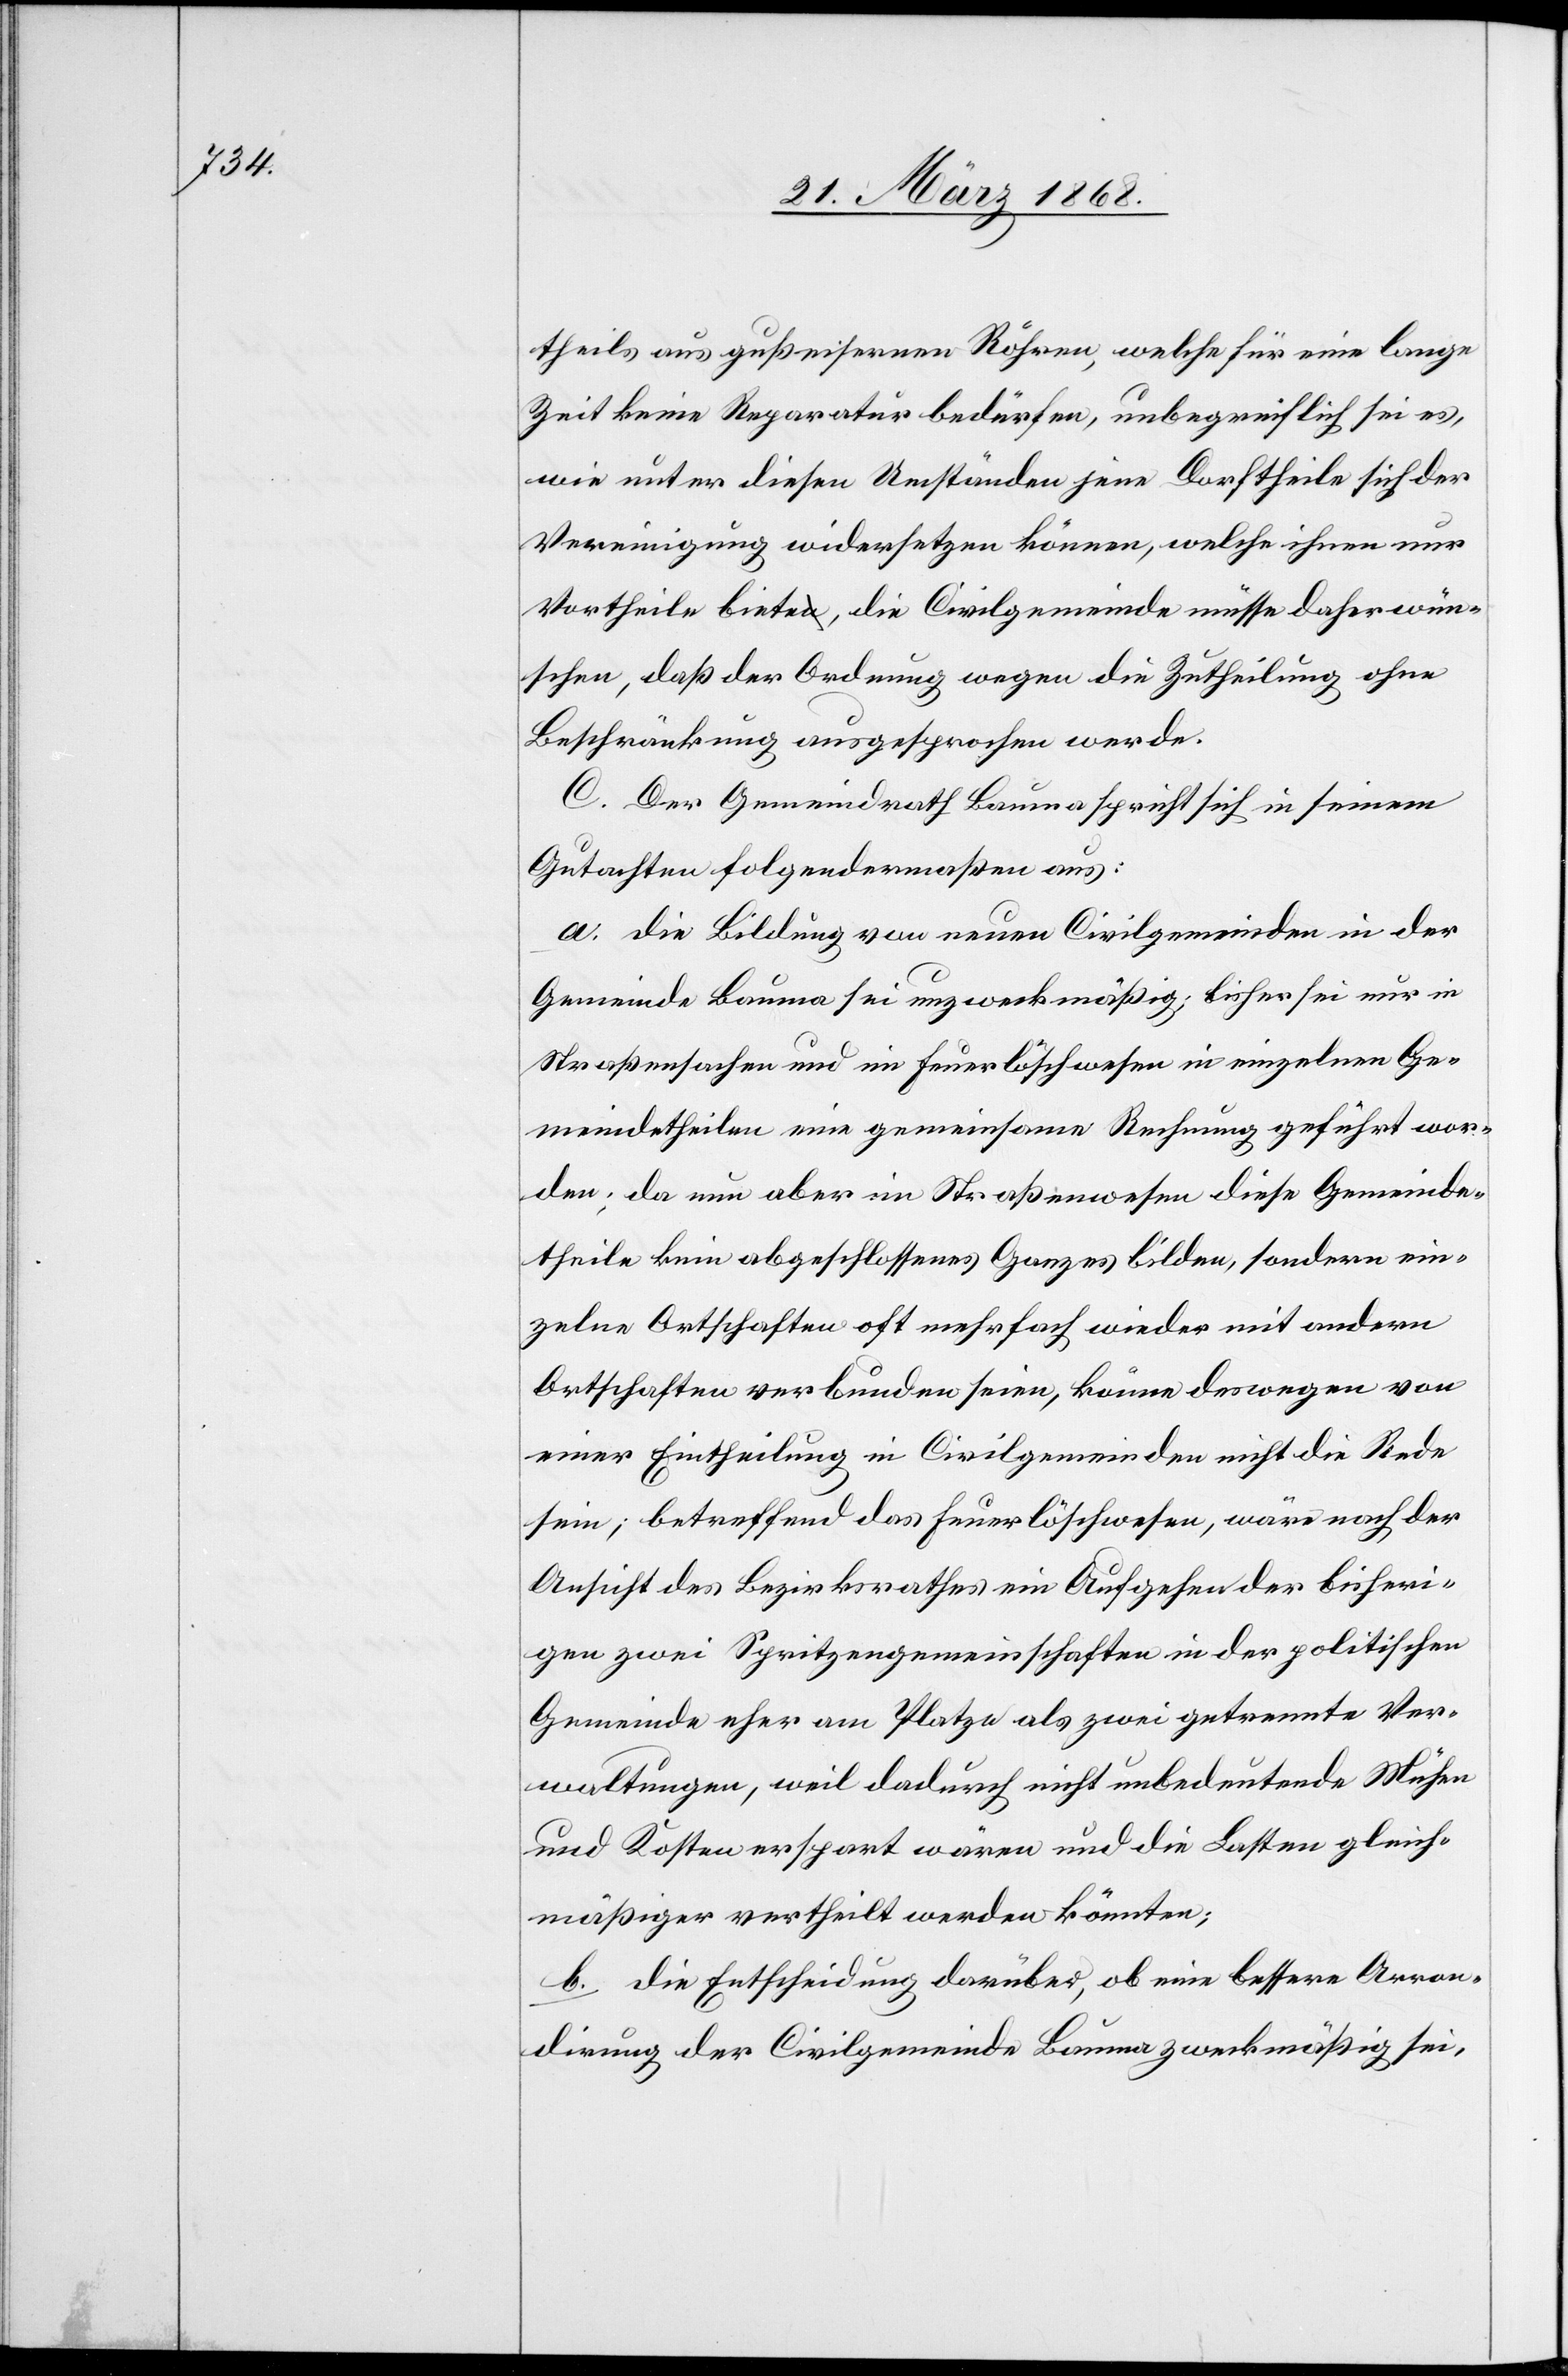
theils aus gußeisernen Röhren, welche für eine lange
Zeit keine Reparatur bedürfen, unbegreiflich sei es,
wie unter diesen Umständen jene Dorftheile sich der
Vereinigung widersetzen können, welche ihnen nur
Vortheile biete, die Civilgemeinde müsse daher wün¬
schen, daß der Ordnung wegen die Zutheilung ohne
Beschränkung ausgesprochen werde.
C. Der Gemeindrath Bauma spricht sich in seinem
Gutachten folgendermaßen aus:
a. die Bildung von neuen Civilgemeinden in der
Gemeinde Bauma sei unzweckmäßig; bisher sei nur in
Straßensachen und im Feuerlöschwesen in einzelnen Ge¬
meindetheilen eine gemeinsame Rechnung geführt wor¬
den; da nun aber im Straßenwesen diese Gemeinde¬
theile kein abgeschlossenes Ganzes bilden, sondern ein¬
zelne Ortschaften oft mehrfach wieder mit andern
Ortschaften verbunden seien, könne deswegen von
einer Eintheilung in Civilgemeinden nicht die Rede
sein; betreffend das Feuerlöschwesen, wäre nach der
Ansicht des Bezirksrathes ein Aufgehen der bisheri¬
gen zwei Spritzengemeinschaften in der politischen
Gemeinde eher am Platze als zwei getrennte Ver¬
waltungen, weil dadurch nicht unbedeutende Mühen
und Kosten erspart wären und die Lasten gleich¬
mäßiger vertheilt werden könnten;
b. die Entscheidung darüber, ob eine bessere Arron¬
dirung der Civilgemeinde Bauma zweckmäßig sei,